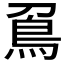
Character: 𠟀